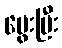
မွေးပြီး